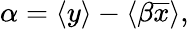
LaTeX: \alpha=\langle{y}\rangle-\langle\beta\overline{{x}}\rangle,